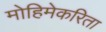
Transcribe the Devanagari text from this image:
मोहिमेकरिता